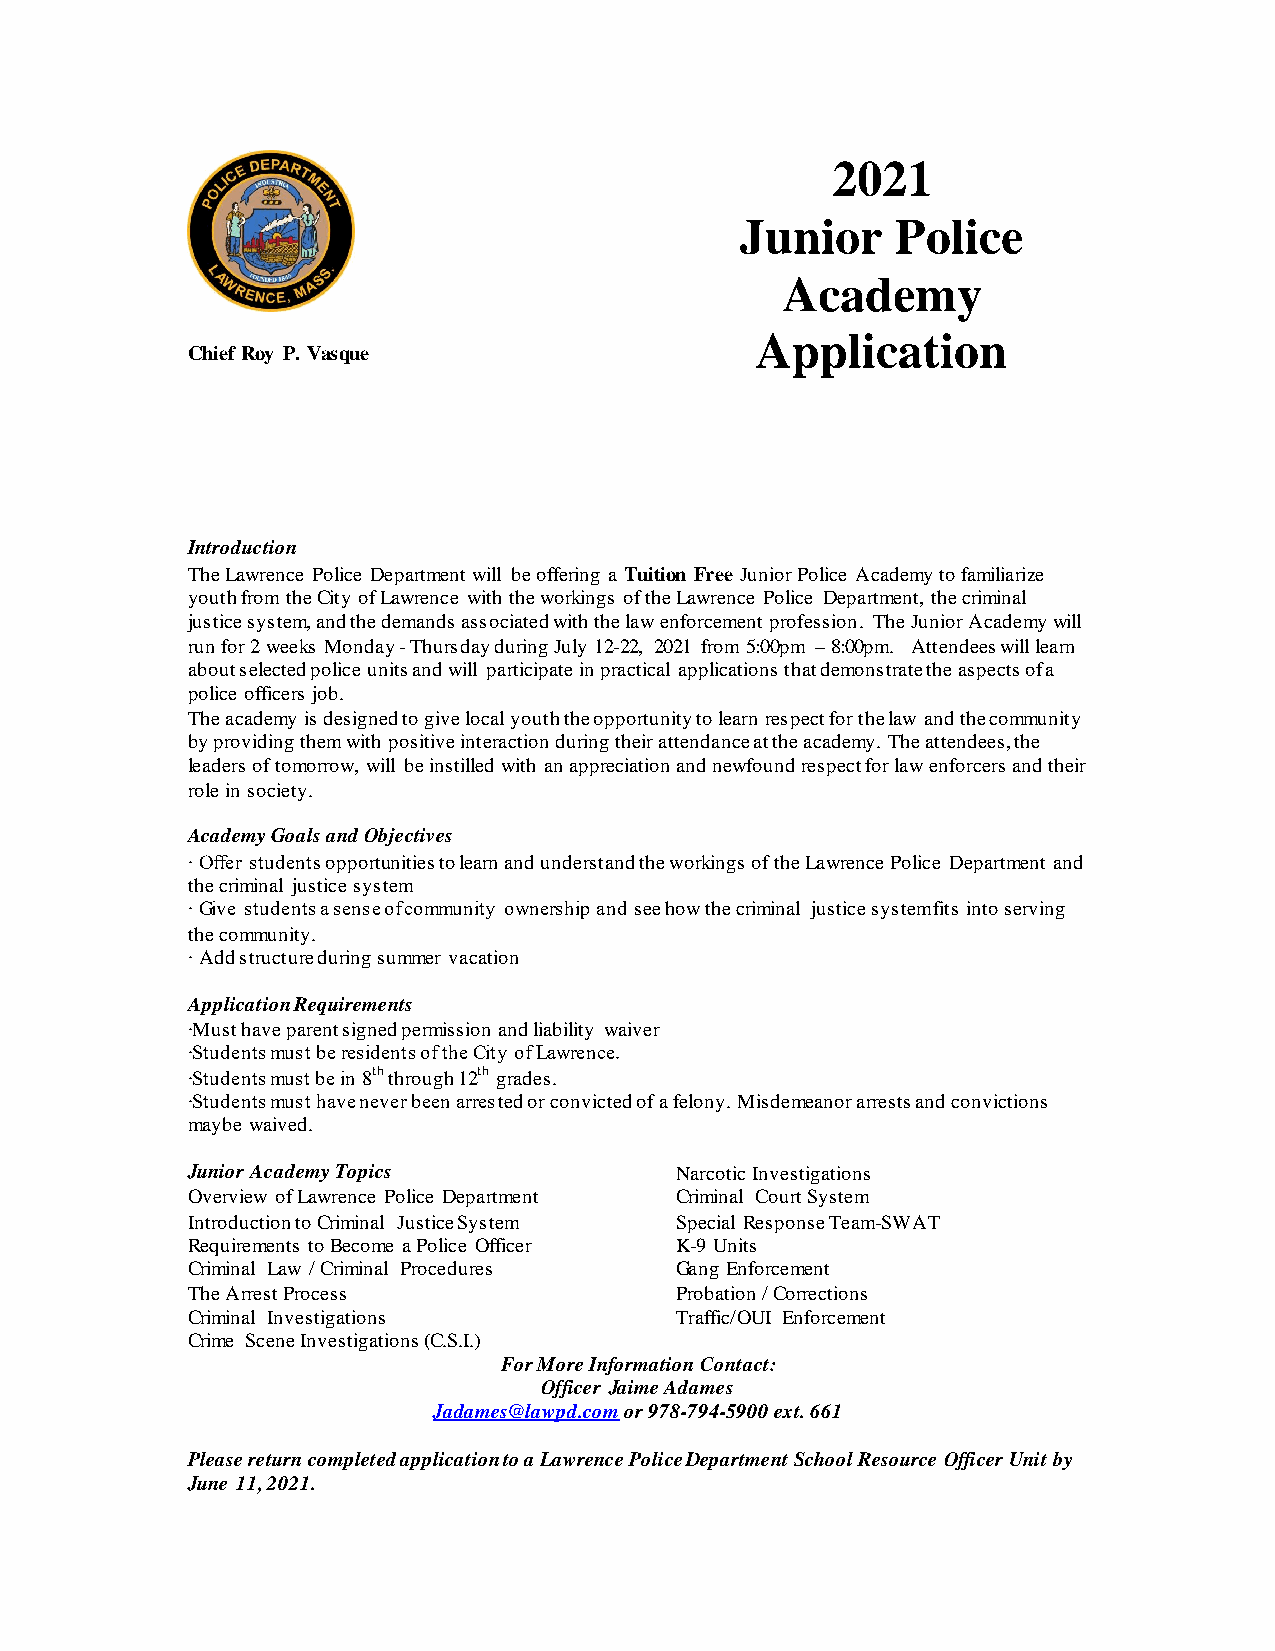
2021
 Junior    Police
 Academy
 Application
 C hief Roy P. Vasque
 Introduction
 The Lawrence Police Department will be offering a Tuition Free Junior Police Academy to familiarize
 youth from the City of Lawrence with the workings of the Lawrence Police Department, the criminal
 justice system, and the demands associated with the law enforcement profession. The Junior Academy will
 run for 2 weeks Monday - Thursday during July 12-22, 2021 from 5:00pm – 8:00pm. Attendees will learn
 about selected police units and will participate in practical applications that demonstrate the aspects of a
 police officers job.
 The academy is designed to give local youth the opportunity to learn respect for the law and the community
 by providing them with positive interaction during their attendance at the academy. The attendees, the
 leaders of tomorrow, will be instilled with an appreciation and newfound respect for law enforcers and their
 role in society.
 Academy Goals and Objectives
 ∙ Offer students opportunities to learn and understand the workings of the Lawrence Police Department and
 the criminal justice system
 ∙ Give students a sense of community ownership and see how the criminal justice system fits into serving
 the community.
 ∙ Add structure during summer vacation
 Application Requirements
 ∙Must have parent signed permission and liability waiver
 ∙Students must be residents of the City of Lawrence.
 ∙Students must be in 8th through 12th grades.
 ∙Students must have never been arrested or convicted of a felony. Misdemeanor arrests and convictions
 maybe waived.
 Junior Academy Topics            Narcotic Investigations
 Overview of Lawrence Police Department Criminal Court System
 Introduction to Criminal Justice System Special Response Team-SWAT
 Requirements to Become a Police Officer K-9 Units
 Criminal Law / Criminal Procedures Gang Enforcement
 The Arrest Process               Probation / Corrections
 Criminal Investigations          Traffic/OUI Enforcement
 Crime Scene Investigations (C.S.I.)
 For More Information Contact:
 Officer Jaime Adames
 Jadames@lawpd.com or 978-794-5900 ext. 661
 Please return completed application to a Lawrence Police Department School Resource Officer Unit by
 June 11, 2021.